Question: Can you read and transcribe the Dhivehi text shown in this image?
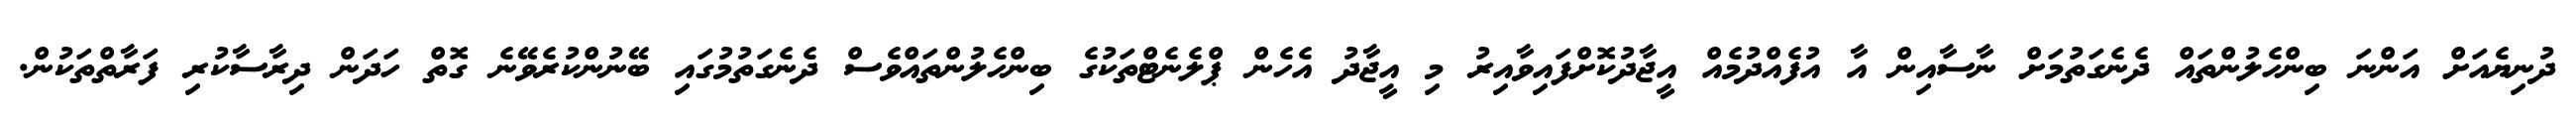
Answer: ދުނިޔެއަށް އަންނަ ބިންހެލުންތައް ދެނެގަތުމަށް ނާސާއިން އާ އުފެއްދުމެއް އީޖާދުކޮށްފައިވާއިރު މި އީޖާދު އެހެން ޕްލެނެޓްތަކުގެ ބިންހެލުންތައްވެސް ދެނެގަތުމުގައި ބޭނުންކުރެވޭނެ ގޮތް ހަދަން ދިރާސާކުރި ފަރާތްތަކުން.